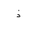
Letter: _thal